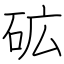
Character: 砿